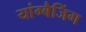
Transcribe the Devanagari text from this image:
यांग्बैजिंग